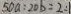
5 0 a : 2 0 b = 2 : 1